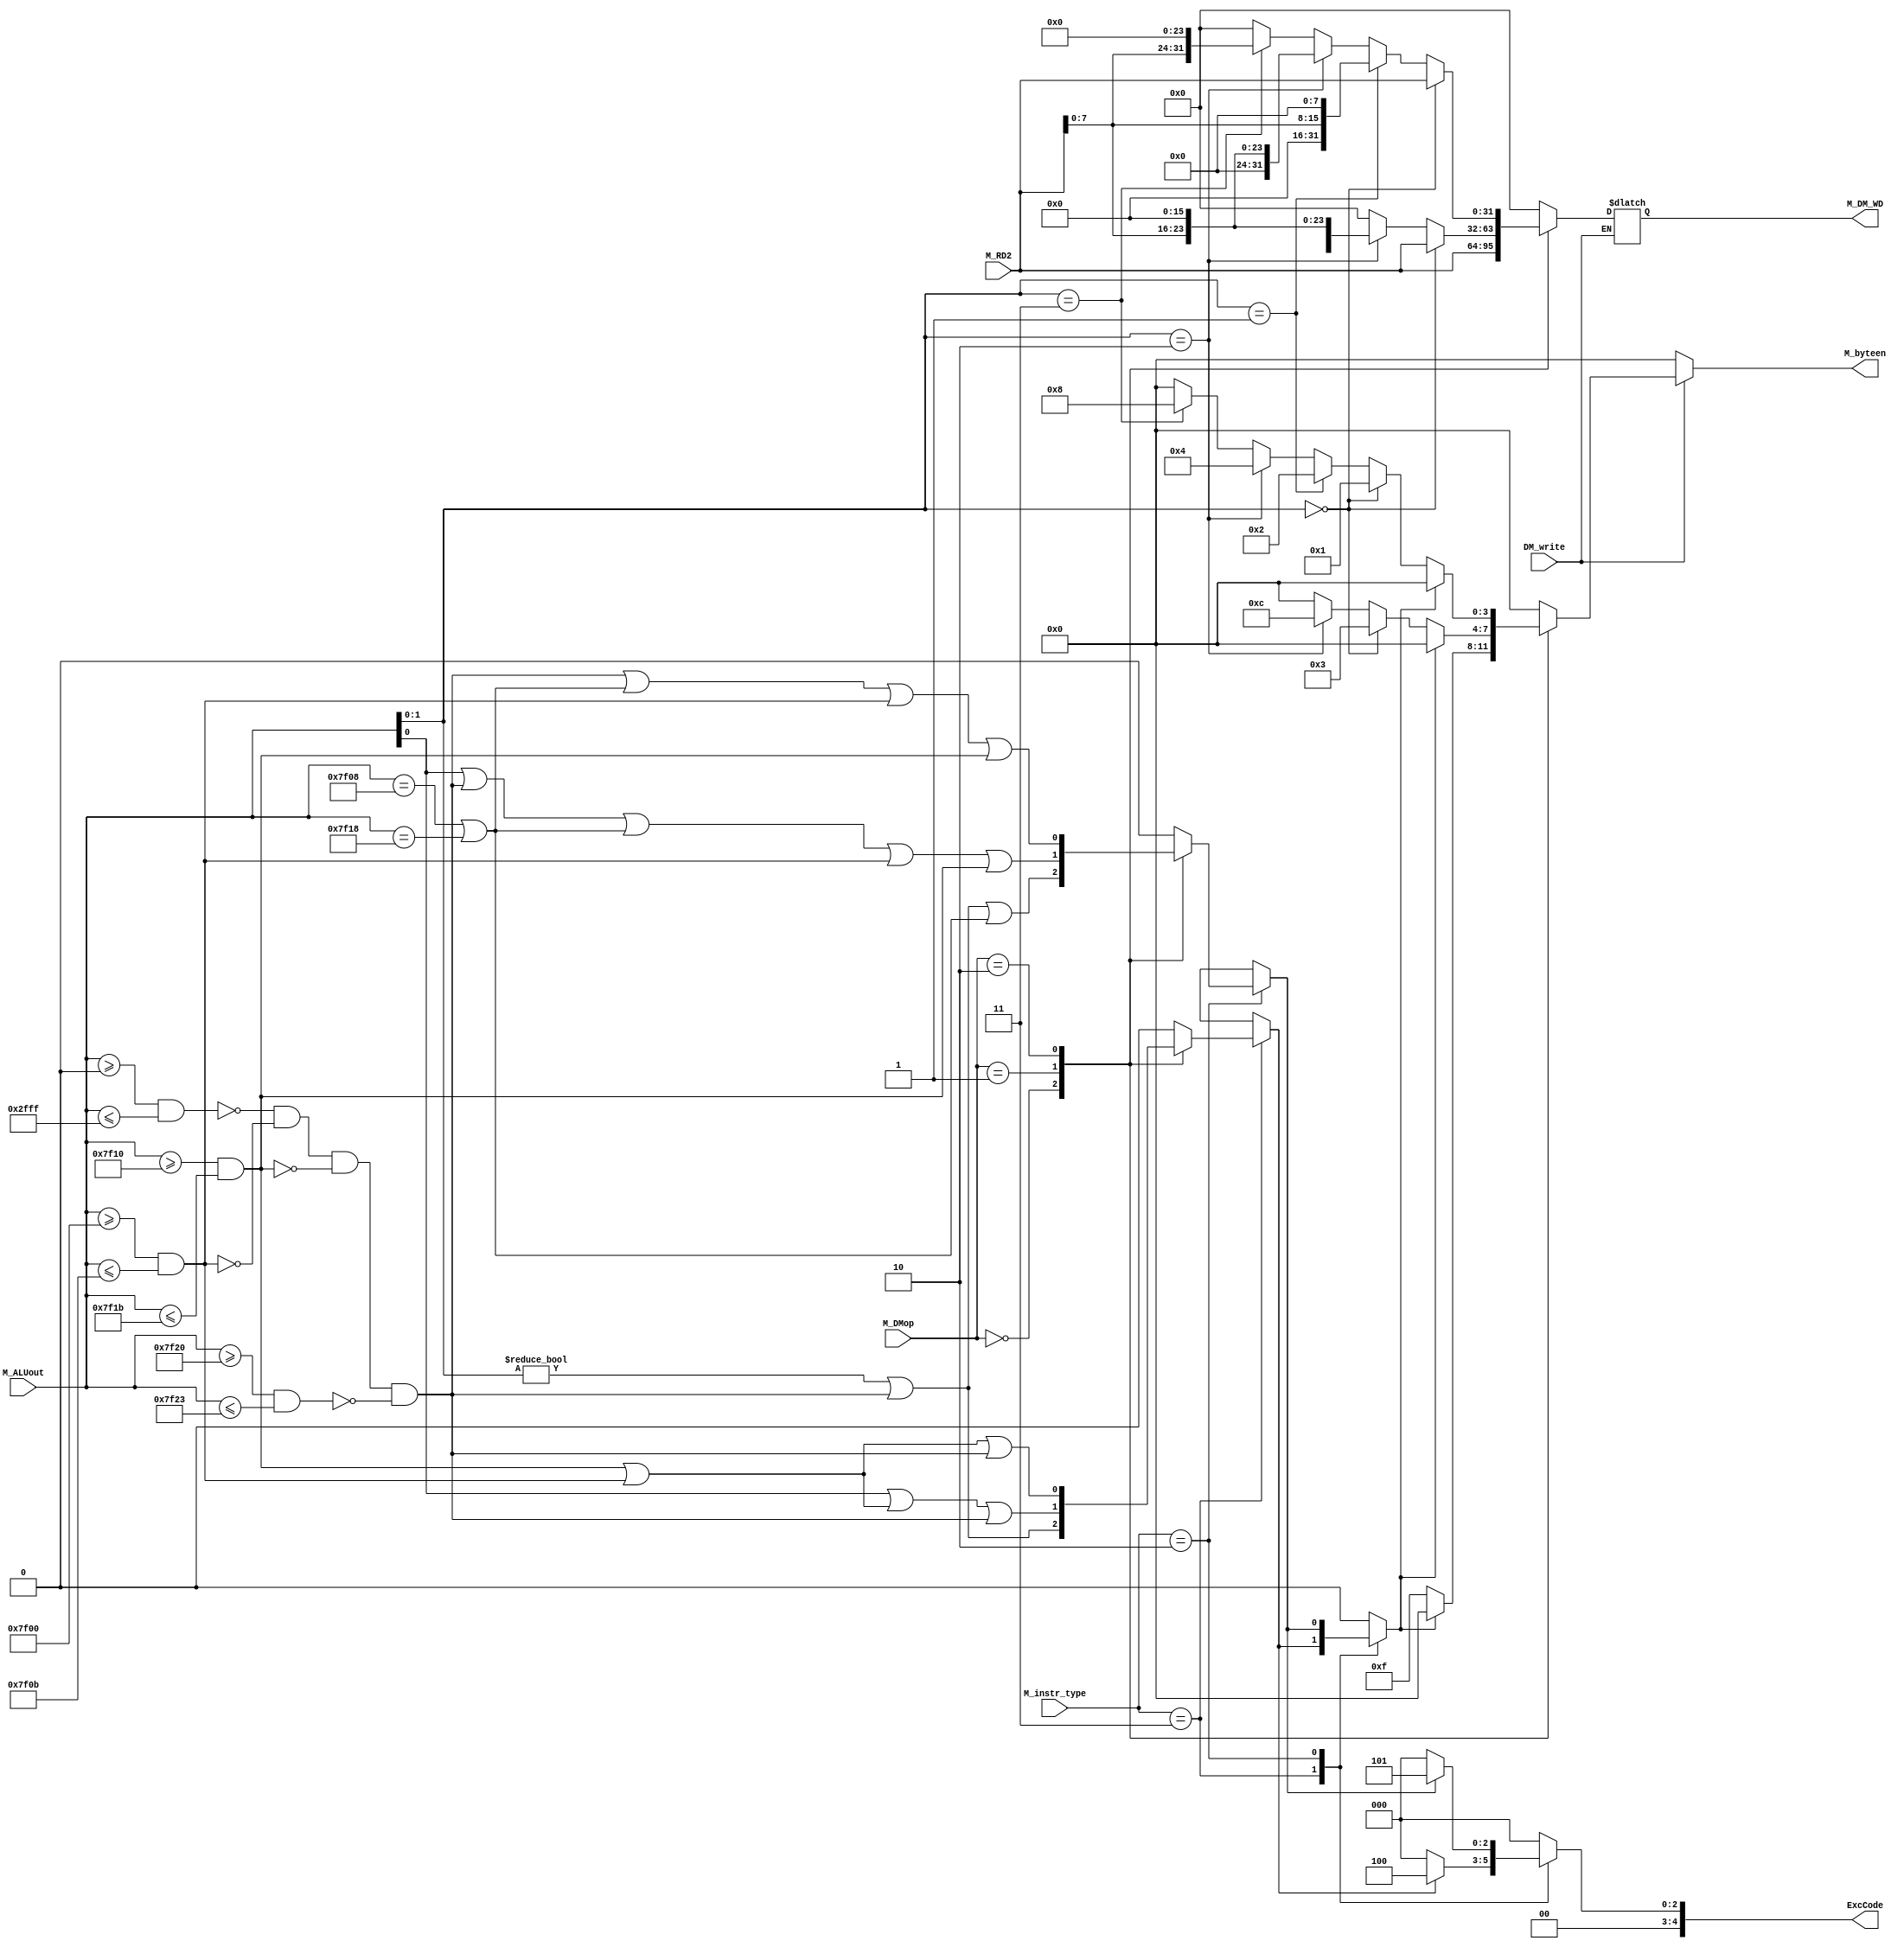
`timescale 1ns / 1ps
//////////////////////////////////////////////////////////////////////////////////
// Company: 
// Engineer: 
// 
// Design Name: 
// Module Name:    DM_CU 
// Project Name: 
// Target Devices: 
// Tool versions: 
// Description: 
//
// Dependencies: 
//
// Revision: 
// Revision 0.01 - File Created
// Additional Comments: 
//
//////////////////////////////////////////////////////////////////////////////////
module DM_CU(
    input [31:0] M_ALUout,
	 input [31:0] M_RD2,
	 input DM_write,
	 input [3:0] M_instr_type,
    input [1:0] M_DMop,
    output reg [3:0] M_byteen,
	 output reg [31:0] M_DM_WD,
	 output reg [4:0] ExcCode
    );
	 
	 parameter AdEL = 5'd4, AdES = 5'd5;
	 parameter store = 4'b0010, load = 4'b0011;
	 
	 reg exception;
	 wire inDM, inTC1, inTC0, inIG, inCount;
	 
///////////// ExcCode ///////////////////
    assign inDM = (M_ALUout >= 32'h0 && M_ALUout <= 32'h2fff);
	 assign inTC0 = (M_ALUout >= 32'h7f00 && M_ALUout <= 32'h7f0b);
	 assign inTC1 = (M_ALUout >= 32'h7f10 && M_ALUout <= 32'h7f1b);
	 assign inIG = (M_ALUout >= 32'h7f20 && M_ALUout <= 32'h7f23);
	 assign inCount = (M_ALUout == 32'h7f08) || (M_ALUout == 32'h7f18);

	 always @(*) begin
	     case(M_instr_type)
		  
		      load: begin
				          case (M_DMop)
							     2'b00: exception = (M_ALUout[1:0] != 2'b00) || (~inDM && ~inTC0 && ~inTC1 && ~inIG);
							     2'b01: exception = (M_ALUout[0] != 1'b0) || (inTC1 || inTC0) || (~inDM && ~inTC0 && ~inTC1 && ~inIG);
								  2'b10: exception = (inTC0 || inTC1) || (~inDM && ~inTC0 && ~inTC1 && ~inIG);
								  default : exception = 1'b0;
							 endcase
							 ExcCode = (exception) ? AdEL : 5'b0;
						end
				
				store: begin
				           case (M_DMop)
							      2'b00: exception = (M_ALUout[1:0] != 2'b00) || (~inDM && ~inTC0 && ~inTC1 && ~inIG) || inCount;
									2'b01: exception = (M_ALUout[0] != 1'b0) || (~inDM && ~inTC0 && ~inTC1 && ~inIG) || inCount || inTC0 || inTC1;
				               2'b10: exception = (~inDM && ~inTC0 && ~inTC1 && ~inIG) || inCount || inTC0 ||inTC1;
									default: exception = 1'b0;
							  endcase
							  ExcCode = (exception) ? AdES : 5'd0;
				       end
				
				default: begin
				             ExcCode = 5'd0;
								 exception = 1'b0;
				         end
		  endcase
	 end
	 
	 // W(00)H(01)B(10)
	 always @(*) begin
	     if (DM_write == 1'b1) begin
		      case(M_DMop) 
		           2'b00: begin
				                M_byteen = (exception == 1'b1) ? 4'b0000 : 4'b1111;
									 M_DM_WD = M_RD2;
						      end
			        2'b01: begin
					             M_DM_WD = (M_ALUout[1:0] == 2'b00) ? M_RD2 :
									           (M_ALUout[1:0] == 2'b10) ? {M_RD2[15:0], 16'd0} :
												                             32'd0;
																					  
				                M_byteen = (exception == 1'b1) ? 4'b0000 : 
									            (M_ALUout[1:0] == 2'b00) ? 4'b0011 :
									            (M_ALUout[1:0] == 2'b10) ? 4'b1100 : 
													                           4'b0000;
				            end
				     2'b10: begin
					             M_DM_WD = (M_ALUout[1:0] == 2'b00) ? M_RD2 :
									           (M_ALUout[1:0] == 2'b01) ? {16'd0, M_RD2[7:0], 8'd0} :
												  (M_ALUout[1:0] == 2'b10) ? {8'd0, M_RD2[7:0], 16'd0} :
												  (M_ALUout[1:0] == 2'b11) ? {M_RD2[7:0], 24'd0} :
													                           32'd0;
																						
				                M_byteen = (exception == 1'b1) ? 4'b0000 :
									            (M_ALUout[1:0] == 2'b00) ? 4'b0001 :
									            (M_ALUout[1:0] == 2'b01) ? 4'b0010 :
													(M_ALUout[1:0] == 2'b10) ? 4'b0100 :
													(M_ALUout[1:0] == 2'b11) ? 4'b1000 :
													                           4'b0000;
					         end
					  default : begin 
					                M_byteen = 4'b0000;
					                M_DM_WD = 32'd0;
                           end										 
 		  
		      endcase
		      
		  end else begin
		      M_byteen = 4'b0000;
		  end
	 end


endmodule